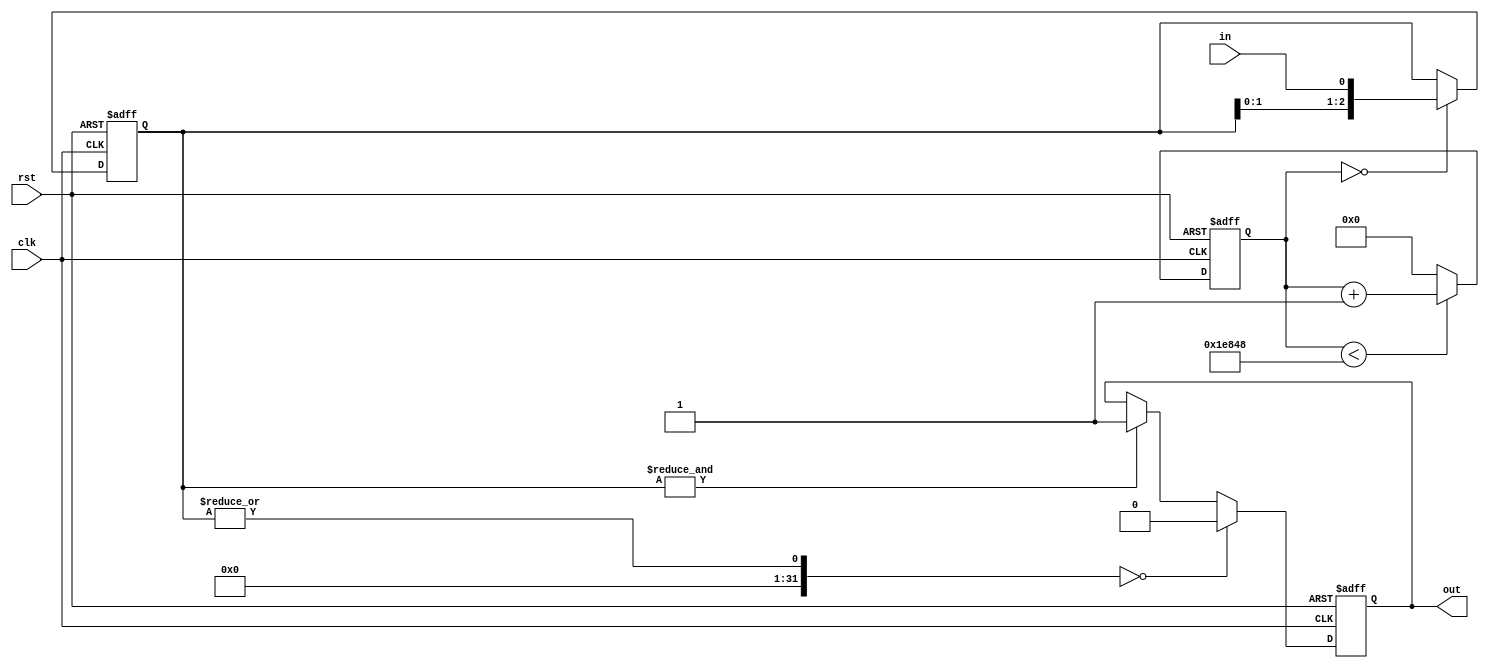
// This program was cloned from: https://github.com/antmicro/nvme-verilog-pcie
// License: MIT License

/*

Copyright (c) 2014-2018 Alex Forencich

Permission is hereby granted, free of charge, to any person obtaining a copy
of this software and associated documentation files (the "Software"), to deal
in the Software without restriction, including without limitation the rights
to use, copy, modify, merge, publish, distribute, sublicense, and/or sell
copies of the Software, and to permit persons to whom the Software is
furnished to do so, subject to the following conditions:

The above copyright notice and this permission notice shall be included in
all copies or substantial portions of the Software.

THE SOFTWARE IS PROVIDED "AS IS", WITHOUT WARRANTY OF ANY KIND, EXPRESS OR
IMPLIED, INCLUDING BUT NOT LIMITED TO THE WARRANTIES OF MERCHANTABILITY
FITNESS FOR A PARTICULAR PURPOSE AND NONINFRINGEMENT. IN NO EVENT SHALL THE
AUTHORS OR COPYRIGHT HOLDERS BE LIABLE FOR ANY CLAIM, DAMAGES OR OTHER
LIABILITY, WHETHER IN AN ACTION OF CONTRACT, TORT OR OTHERWISE, ARISING FROM,
OUT OF OR IN CONNECTION WITH THE SOFTWARE OR THE USE OR OTHER DEALINGS IN
THE SOFTWARE.

*/

// Language: Verilog-2001

`timescale 1 ns / 1 ps

/*
 * Synchronizes switch and button inputs with a slow sampled shift register
 */
module debounce_switch  #(
    parameter WIDTH=1, // width of the input and output signals
    parameter N=3, // length of shift register
    parameter RATE=125000 // clock division factor
)(
    input wire clk,
    input wire rst,
    input wire [WIDTH-1:0] in,
    output wire [WIDTH-1:0] out
);

reg [23:0] cnt_reg = 24'd0;

reg [N-1:0] debounce_reg[WIDTH-1:0];

reg [WIDTH-1:0] state;

/*
 * The synchronized output is the state register
 */
assign out = state;

integer k;

always @(posedge clk or posedge rst) begin
    if (rst) begin
        cnt_reg <= 0;
        state <= 0;
        
        for (k = 0; k < WIDTH; k = k + 1) begin
            debounce_reg[k] <= 0;
        end
    end else begin
        if (cnt_reg < RATE) begin
            cnt_reg <= cnt_reg + 24'd1;
        end else begin
            cnt_reg <= 24'd0;
        end
        
        if (cnt_reg == 24'd0) begin
            for (k = 0; k < WIDTH; k = k + 1) begin
                debounce_reg[k] <= {debounce_reg[k][N-2:0], in[k]};
            end
        end
        
        for (k = 0; k < WIDTH; k = k + 1) begin
            if (|debounce_reg[k] == 0) begin
                state[k] <= 0;
            end else if (&debounce_reg[k] == 1) begin
                state[k] <= 1;
            end else begin
                state[k] <= state[k];
            end
        end
    end
end

endmodule